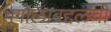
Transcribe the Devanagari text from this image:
भूगोलाबद्दलची